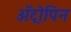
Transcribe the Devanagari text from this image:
अॅट्रोपिन